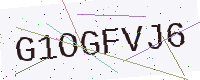
Text: G1OGFVJ6